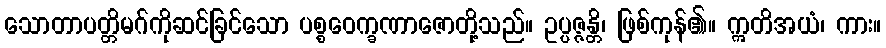
သောတာပတ္တိမဂ်ကိုဆင်ခြင်သော ပစ္စဝေက္ခဏာဇောတို့သည်။ ဥပ္ပဇ္ဇန္တိ၊ ဖြစ်ကုန်၏။ ဣတိအယံ၊ ကား။